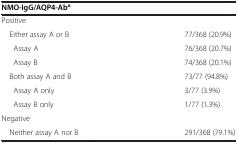
<table><thead><tr><td colspan="2"><b>NMO-IgG/AQP4-Ab<sup>a</sup></b></td></tr></thead><tbody><tr><td>Positive</td><td> </td></tr><tr><td> Either assay A or B</td><td>77/368 (20.9%)</td></tr><tr><td>Assay A</td><td>76/368 (20.7%)</td></tr><tr><td>Assay B</td><td>74/368 (20.1%)</td></tr><tr><td> Both assay A and B</td><td>73/77 (94.8%)</td></tr><tr><td>Assay A only</td><td>3/77 (3.9%)</td></tr><tr><td>Assay B only</td><td>1/77 (1.3%)</td></tr><tr><td colspan="2">Negative</td></tr><tr><td> Neither assay A nor B</td><td>291/368 (79.1%)</td></tr></tbody></table>